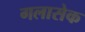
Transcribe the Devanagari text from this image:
गलासेक